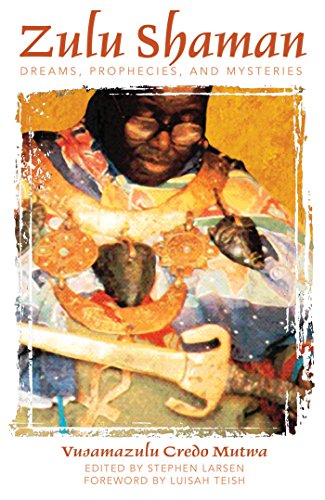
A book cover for Zulu Shaman: Dreams, Prophecies, and Mysteries (Song of the Stars); Vusamazulu Credo Mutwa; Literature & Fiction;